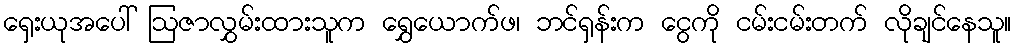
ရှေးယုအပေါ် ဩဇာလွှမ်းထားသူက ရွှေယောက်ဖ၊ ဘင်ရှန်းက ငွေကို ငမ်းငမ်းတက် လိုချင်နေသူ။